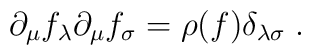
\partial _{\mu }f_{\lambda }\partial _{\mu }f_{\sigma }=\rho (f)\delta _{\lambda \sigma }\; .